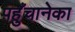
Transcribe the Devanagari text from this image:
पहुँचानेका